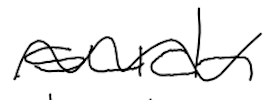
Text: such
Cross-out: wave
Writing tool: digital_black